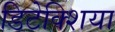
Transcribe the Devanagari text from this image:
डिटेक्शिया